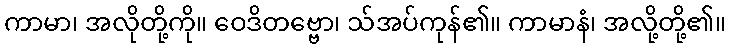
ကာမာ၊ အလိုတို့ကို။ ဝေဒိတဗ္ဗော၊ သ်အပ်ကုန်၏။ ကာမာနံ၊ အလို့တို့၏။